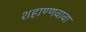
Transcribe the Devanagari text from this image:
शहाण्णवावा